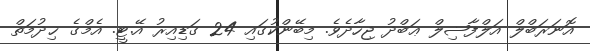
އޮނަރަބްލް އަލްފާޟިލް ޢަބްދު ޖިހާދެވެ. މިބޭންކުގައި 24 ގަޑިއިރު އޭ.ޓީ. އެމްގެ ޚިދުމަތް